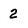
Character: 2